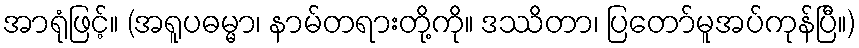
အာရုံဖြင့်။ (အရူပဓမ္မာ၊ နာမ်တရားတို့ကို။ ဒဿိတာ၊ ပြတော်မူအပ်ကုန်ပြီ။)